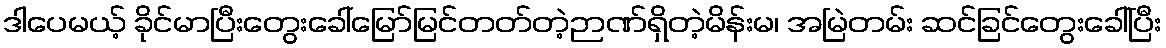
ဒါပေမယ့် ခိုင်မာပြီးတွေးခေါ်မြော်မြင်တတ်တဲ့ဉာဏ်ရှိတဲ့မိန်းမ၊ အမြဲတမ်း ဆင်ခြင်တွေးခေါ်ပြီး